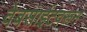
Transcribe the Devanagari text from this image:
वेबसाईटवरून